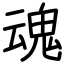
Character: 魂